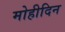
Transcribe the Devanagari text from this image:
मोहीदिन